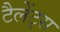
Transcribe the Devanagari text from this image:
टैलेंट्स